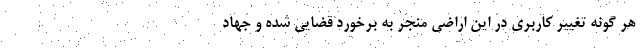
هر گونه تغییر کاربری در این اراضی منجر به برخورد قضایی شده و جهاد